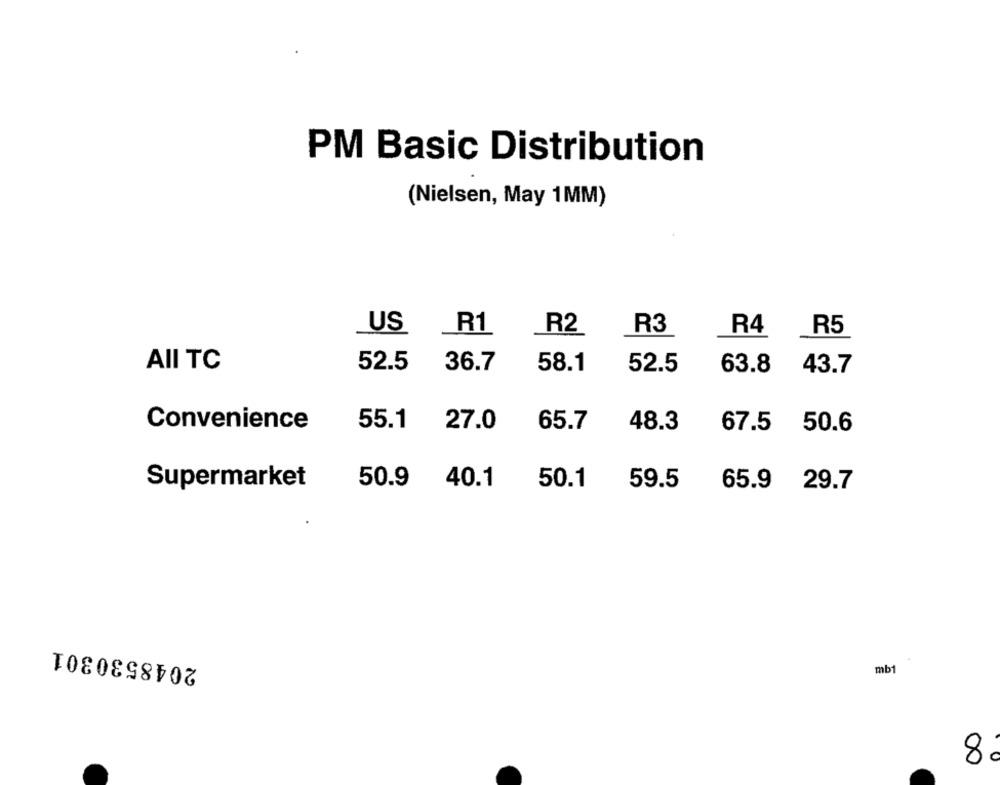
PM Basic Distribution
(Nielsen, May 1MM)
US
R2
R3
R5
R1
R4
52.5
36.7
58.1
52.5
63.8
43.7
AII TC
55.1
Convenience
27.0
65.7
48.3
67.5 50.6
Supermarket
50.9
40.1
50.1
59.5
65.9 29.7
2048530301
mb1
8.